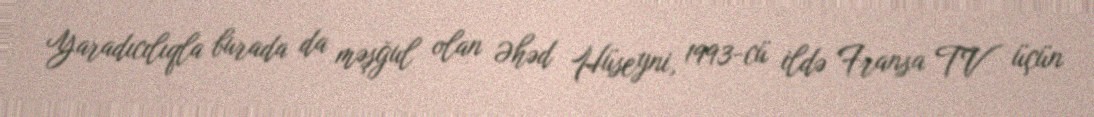
Yaradıcılıqla burada da məşğul olan Əhəd Hüseyni, 1993-cü ildə Fransa TV üçün